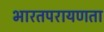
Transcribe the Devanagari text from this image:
भारतपरायणता